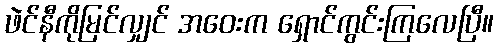
ဖဲင်နီကိုမြင်လျှင် အဝေးက ရှောင်ကွင်းကြလေပြီ။